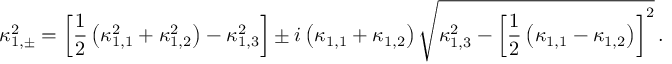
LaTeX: \kappa _ { 1 , \pm } ^ { 2 } = \left[ \frac { 1 } { 2 } \left( \kappa _ { 1 , 1 } ^ { 2 } + \kappa _ { 1 , 2 } ^ { 2 } \right) - \kappa _ { 1 , 3 } ^ { 2 } \right] \pm i \left( \kappa _ { 1 , 1 } + \kappa _ { 1 , 2 } \right) \sqrt { \kappa _ { 1 , 3 } ^ { 2 } - \left[ \frac { 1 } { 2 } \left( \kappa _ { 1 , 1 } - \kappa _ { 1 , 2 } \right) \right] ^ { 2 } } \, .